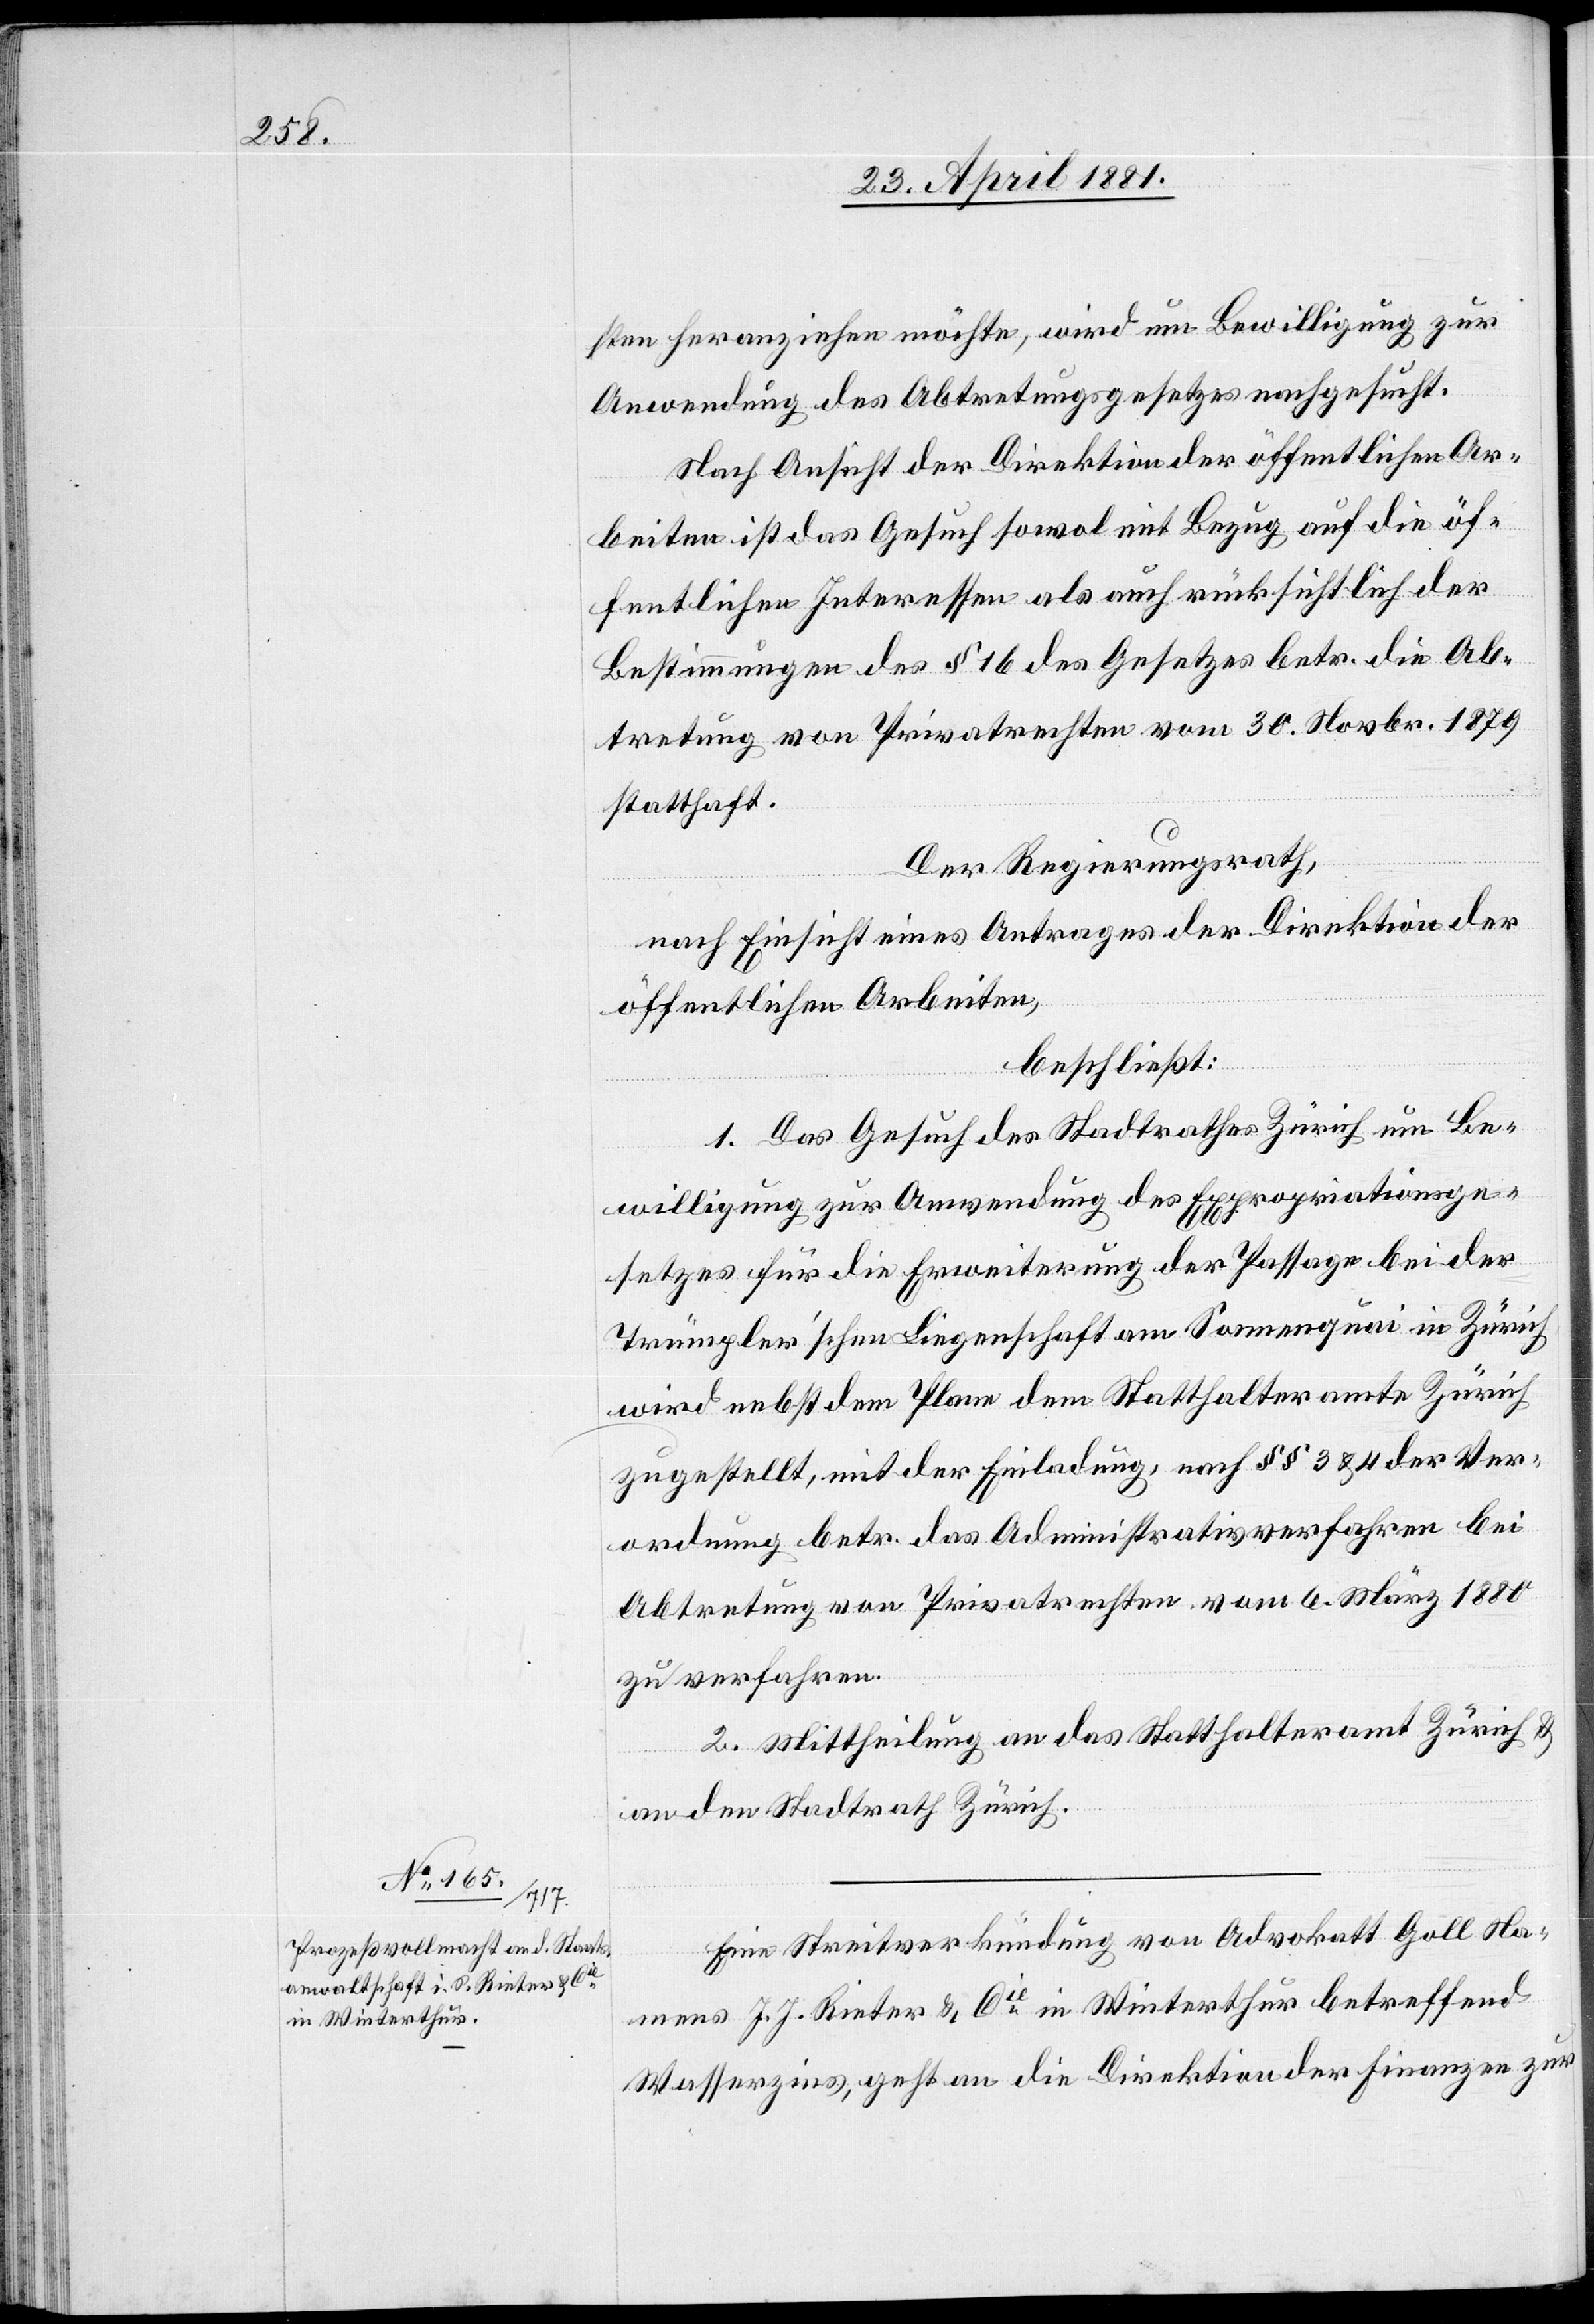
sten heranziehen möchte, wird um Bewilligung zur
Anwendung des Abtretungsgesetzes nachgesucht.
Nach Ansicht der Direktion öffentlichen Ar¬
beiten ist das Gesuch sowol mit Bezug auf die öf¬
fentlichen Interessen als auch rücksichtlich der
Bestimmungen des § 16 des Gesetzes betr. die Ab¬
tretung von Privatrechten vom 30. Novbr. 1879
statthaft.
Der Regierungsrath,
nach Einsicht eines Antrages der Direktion
öffentlichen Arbeiten,
beschließt:
1. Das Gesuch des Stadtrathes Zürich um Be¬
willigung zur Anwendung des Expropriationsge¬
setzes für die Erweiterung der Passage bei der
Trümpler’schen Liegenschaft am Sonnenquai in Zürich
wird nebst dem Plan dem Statthalteramt Zürich
zugestellt, mit der Einladung, nach §§ 3 & 4 der Ver¬
ordnung betr. das Administrativverfahren bei
Abtretung von Privatrechten vom 6. März 1880
zu verfahren.
2. Mittheilung an das Statthalteramt Zürich &
an den Stadtrath Zürich.
Eine Streitverkündung von Advokatt [sic!] Goll Na¬
mens J. J. Rieter & Cie in Winterthur betreffend
Wasserzins, geht an die Direktion der Finanzen zur